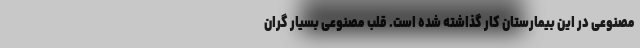
مصنوعی در این بیمارستان کار گذاشته شده است. قلب مصنوعی بسیار گران